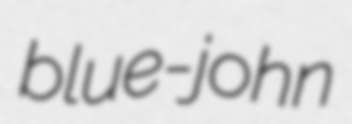
blue-john